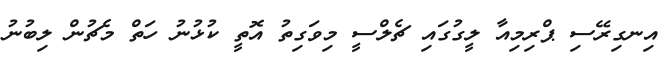
އިނގިރޭސި ޕްރިމިއާ ލީގުގައި ޗެލްސީ މިވަގިތު އޮތީ ކުޅުނު ހަތް މެޗުން ލިބުނު